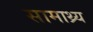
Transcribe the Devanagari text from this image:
सामाथ्र्य